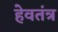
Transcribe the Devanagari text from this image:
हेवतंत्र